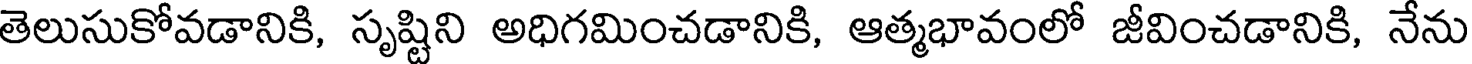
తెలుసుకోవడానికి, సృష్టిని అధిగమించడానికి, ఆత్మభావంలో జీవించడానికి, నేను